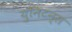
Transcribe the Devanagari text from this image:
युनिटन्स